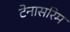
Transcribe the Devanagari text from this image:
टेनासरिम